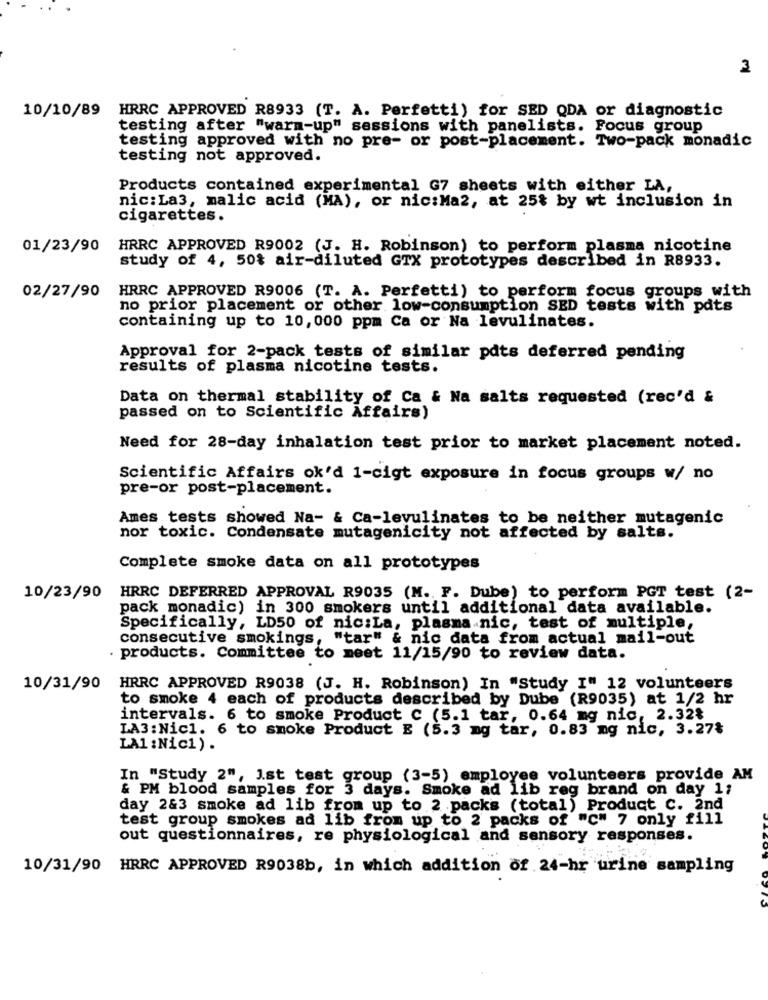
3
10/10/89 HRRC APPROVED R8933 (T. A. Perfetti) for SED QDA or diagnostic
testing after "warm-up" sessions with panelists. Focus group
testing approved with no pre- or post-placement. Two-pack monadic
testing not approved.
Products contained experimental G7 sheets with either LA,
nic: La3, malic acid (MA), or nic:Ma2, at 25% by wt inclusion in
cigarettes.
01/23/90 HRRC APPROVED R9002 (J. H. Robinson) to perform plasma nicotine
study of 4, 50$ air-diluted GTX prototypes described in R8933.
02/27/90
HRRC APPROVED R9006 (T. A. Perfetti) to perform focus groups with
no prior placement or other low-consumption SED tests with pdts
containing up to 10, 000 ppm Ca or Na levulinates.
Approval for 2-pack tests of similar pdts deferred pending
results of plasma nicotine tests.
Data on thermal stability of Ca & Na salts requested (rec'd &
passed on to Scientific Affairs)
Need for 28-day inhalation test prior to market placement noted.
Scientific Affairs ok'd 1-cigt exposure in focus groups w/ no
pre-or post-placement.
Ames tests showed Na- & Ca-levulinates to be neither mutagenic
nor toxic. Condensate mutagenicity not affected by salts.
Complete smoke data on all prototypes
10/23/90 HRRC DEFERRED APPROVAL R9035 (M. F. Dube) to perform PGT test (2-
pack monadic) in 300 smokers until additional data available.
Specifically, LD50 of nic:La, plasma nic, test of multiple,
consecutive smokings, "tar" & nic data from actual mail-out
. products. Committee to meet 11/15/90 to review data.
10/31/90 HRRC APPROVED R9038 (J. H. Robinson) In "Study I" 12 volunteers
to smoke 4 each of products described by Dube (R9035) at 1/2 hr
intervals. 6 to smoke Product C (5.1 tar, 0.64 mg nic, 2.32%
LA3: Nic1. 6 to smoke Product E (5.3 mg tar, 0.83 mg nic, 3.27₺
LA1 : Nic1) .
In "Study 2", Ist test group (3-5) employee volunteers provide AM
& PM blood samples for 3 days. Smoke ad lib reg brand on day 1;
day 2&3 smoke ad lib from up to 2 .packs (total) Product C. 2nd
test group smokes ad lib from up to 2 packs of "C" 7 only fill
out questionnaires, re physiological and sensory responses.
10/31/90 HRRC APPROVED R9038b, in which addition of 24-hr urine sampling